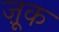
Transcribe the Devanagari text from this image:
ज़ूक